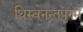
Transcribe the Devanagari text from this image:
थिरुवनन्तपुरम